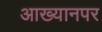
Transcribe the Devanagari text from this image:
आख्यानपर